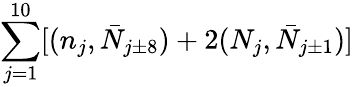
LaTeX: \sum_{j=1}^{10}[(n_{j},\bar{N}_{j\pm 8})+2(N_{j},\bar{N}_{j\pm 1})]